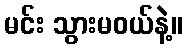
မင်း သွားမဝယ်နဲ့။